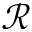
\mathscr { R }